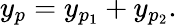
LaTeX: y_{p}=y_{p_{1}}+y_{p_{2}}.